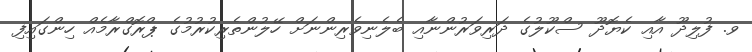
ވ. ފުލިދޫ އާއި ކެޔޮދޫ ސްކޫލުގެ ދަރިވަރުންނާއި ބެލެނިވެރިންނަށް ހޭލުންތެރިކުރުމުގެ ޕްރޮގްރާމެއް ހިންގައިފި